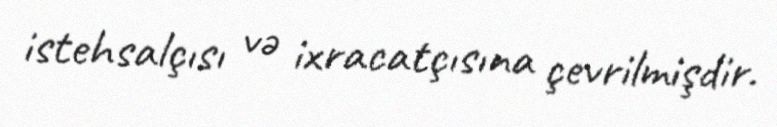
istehsalçısı və ixracatçısına çevrilmişdir.